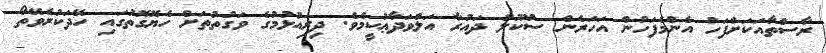
ރާސްތާއަކަށްފަހު އެންމެފަހުން އަހަރެން ސުކޫލު ދައުރާ އަލްވަދާޢުކީމެވެ. ދިރިއުޅުމުގެ ވަގުތުތަށް ހެޔޮގޮތުގައި ހޭދަކުރެވޭތޯ